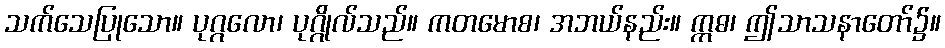
သက်သေပြုသော။ ပုဂ္ဂလော၊ ပုဂ္ဂိုလ်သည်။ ကတမောစ၊ အဘယ်နည်း။ ဣဓ၊ ဤသာသနာတော်၌။